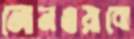
লোনওয়াবো